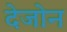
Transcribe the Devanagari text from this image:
देजोन